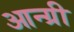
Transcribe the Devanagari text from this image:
आन्ग्री